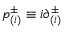
p _ { ( i ) } ^ { \pm } \equiv i { \partial } _ { ( i ) } ^ { \pm }